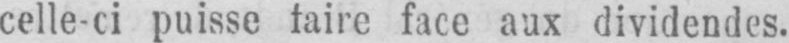
celle-ci puisse faire face aux dividendes.